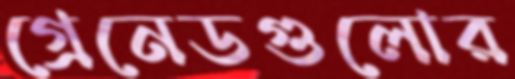
গ্রেনেডগুলোর